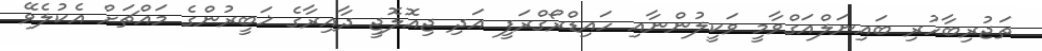
ތަޖުރިބާހުރި ބައިނަލްއަގްވާމީ ވަކީލުންނާއި ހައިޑްރޯގްރަފީ އަދި ޖިއޮލޮޖީ ދާއިރާގެ ޚަބީރުންގެ މައްޗަށް އެކުލެވޭ